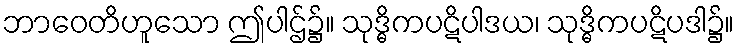
ဘာဝေတိဟူသော ဤပါဌ်၌။ သုဒ္ဓိကပဋိပါဒယ၊ သုဒ္ဓိကပဋိပဒါ၌။